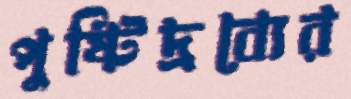
পুষ্টিদ্রব্যের